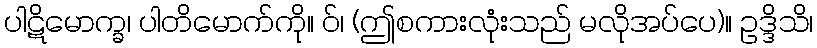
ပါဋိမောက္ခ၊ ပါတိမောက်ကို။ ဝ်၊ (ဤစကားလုံးသည် မလိုအပ်ပေ)။ ဥဒ္ဒိသိ၊